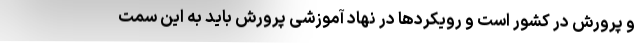
و پرورش در کشور است و رویکردها در نهاد آموزشی پرورش باید به این سمت